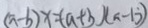
( a - b ) x = ( a + b ) ( a - b )